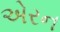
એરન